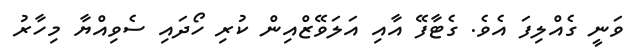
ވަނީ ގެއްލިފަ އެވެ. ގެޓާފޭ އާއި އަލަވޭޒްއިން ކުރި ހޯދައި ސެވިއްޔާ މިހާރު